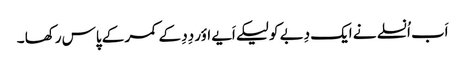
اَب اُنسلے نے ایک دِبے کو لیکے اَیے اؤر دِدِ کے کمر کے پاس رکھا ۔